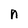
Character: n